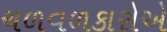
ચળવળકારોએ